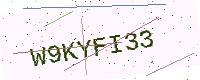
Text: W9KYFI33